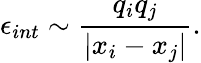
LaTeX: \epsilon_{int}\sim\frac{q_{i}q_{j}}{|x_{i}-x_{j}|}.